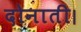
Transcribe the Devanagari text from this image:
दोनाती।